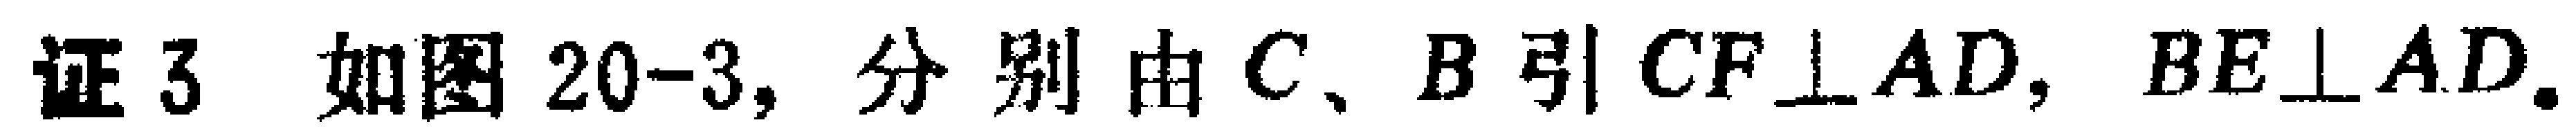
证3 如图20-3, 分别由\(C、B\)引\(CF\perp AD, BE\perp AD\).